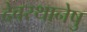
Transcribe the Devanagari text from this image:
देवस्थानेषु